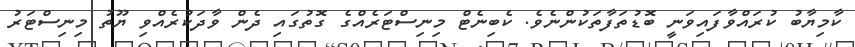
ކާމިޔާބު ކުރައްވާފައިވަނީ ބޮޑުތަފާތަކުންނެވެ. ކެބިނެޓް މިނިސްޓަރެއްގެ ގޮތުގައި ދެން ވާދަކުރެއްވި ޔޫތު މިނިސްޓަރު